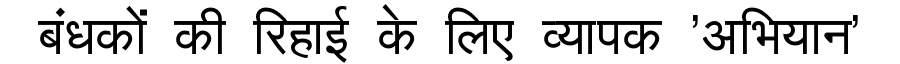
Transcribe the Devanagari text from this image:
बंधकों की रिहाई के लिए व्यापक 'अभियान'